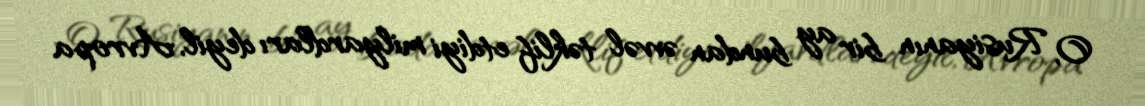
O, Rusiyanın bir ay bundan əvvəl təklif etdiyi milyardları deyil, Avropa